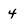
Character: 4